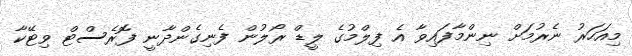
މިއަހަރު ނެރުމަށް ނިންމާފައިވާ އެ ފިލްމުގެ ލީޑް ރޯލުން ފެނިގެންދާނީ ފޮރެސްޓް ވިޓޭކާ